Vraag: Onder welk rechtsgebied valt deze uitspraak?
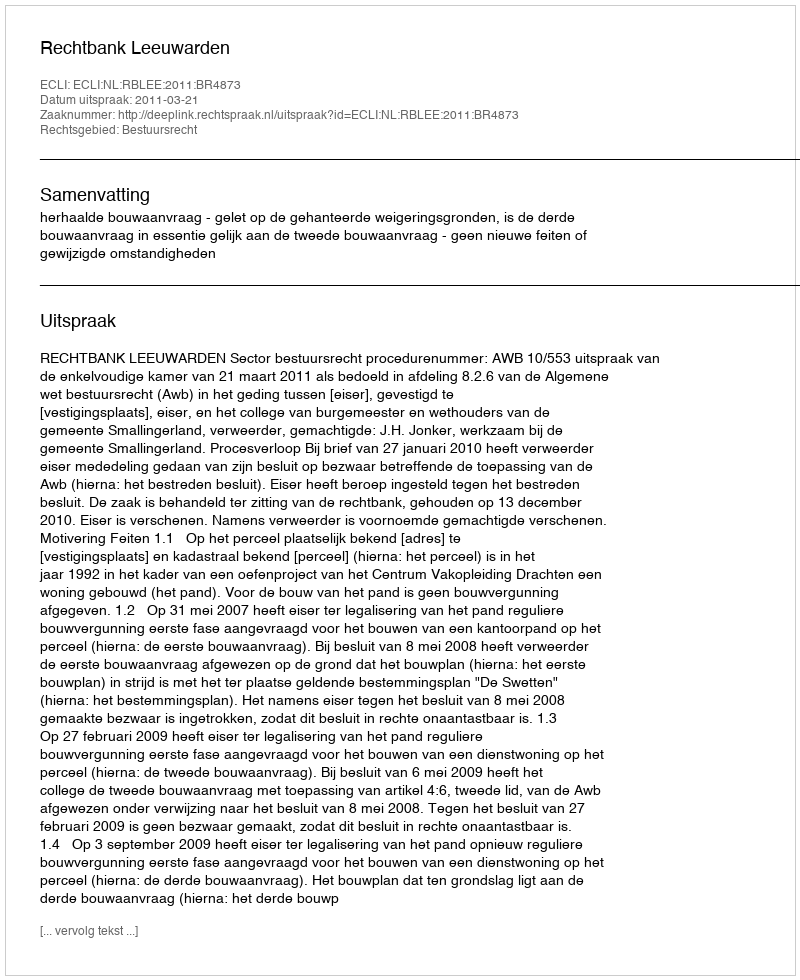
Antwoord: Bestuursrecht